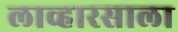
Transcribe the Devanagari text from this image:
लाव्हारसाला